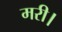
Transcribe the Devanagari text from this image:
मरी।